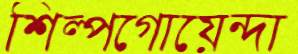
শিল্পগোয়েন্দা